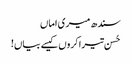
سندھ میری اماں
حُسن تیرا کروں کیسے بیاں!